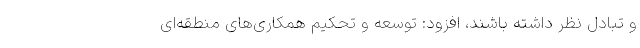
و تبادل نظر داشته باشند، افزود: توسعه و تحکیم همکاری‌های منطقه‌ای